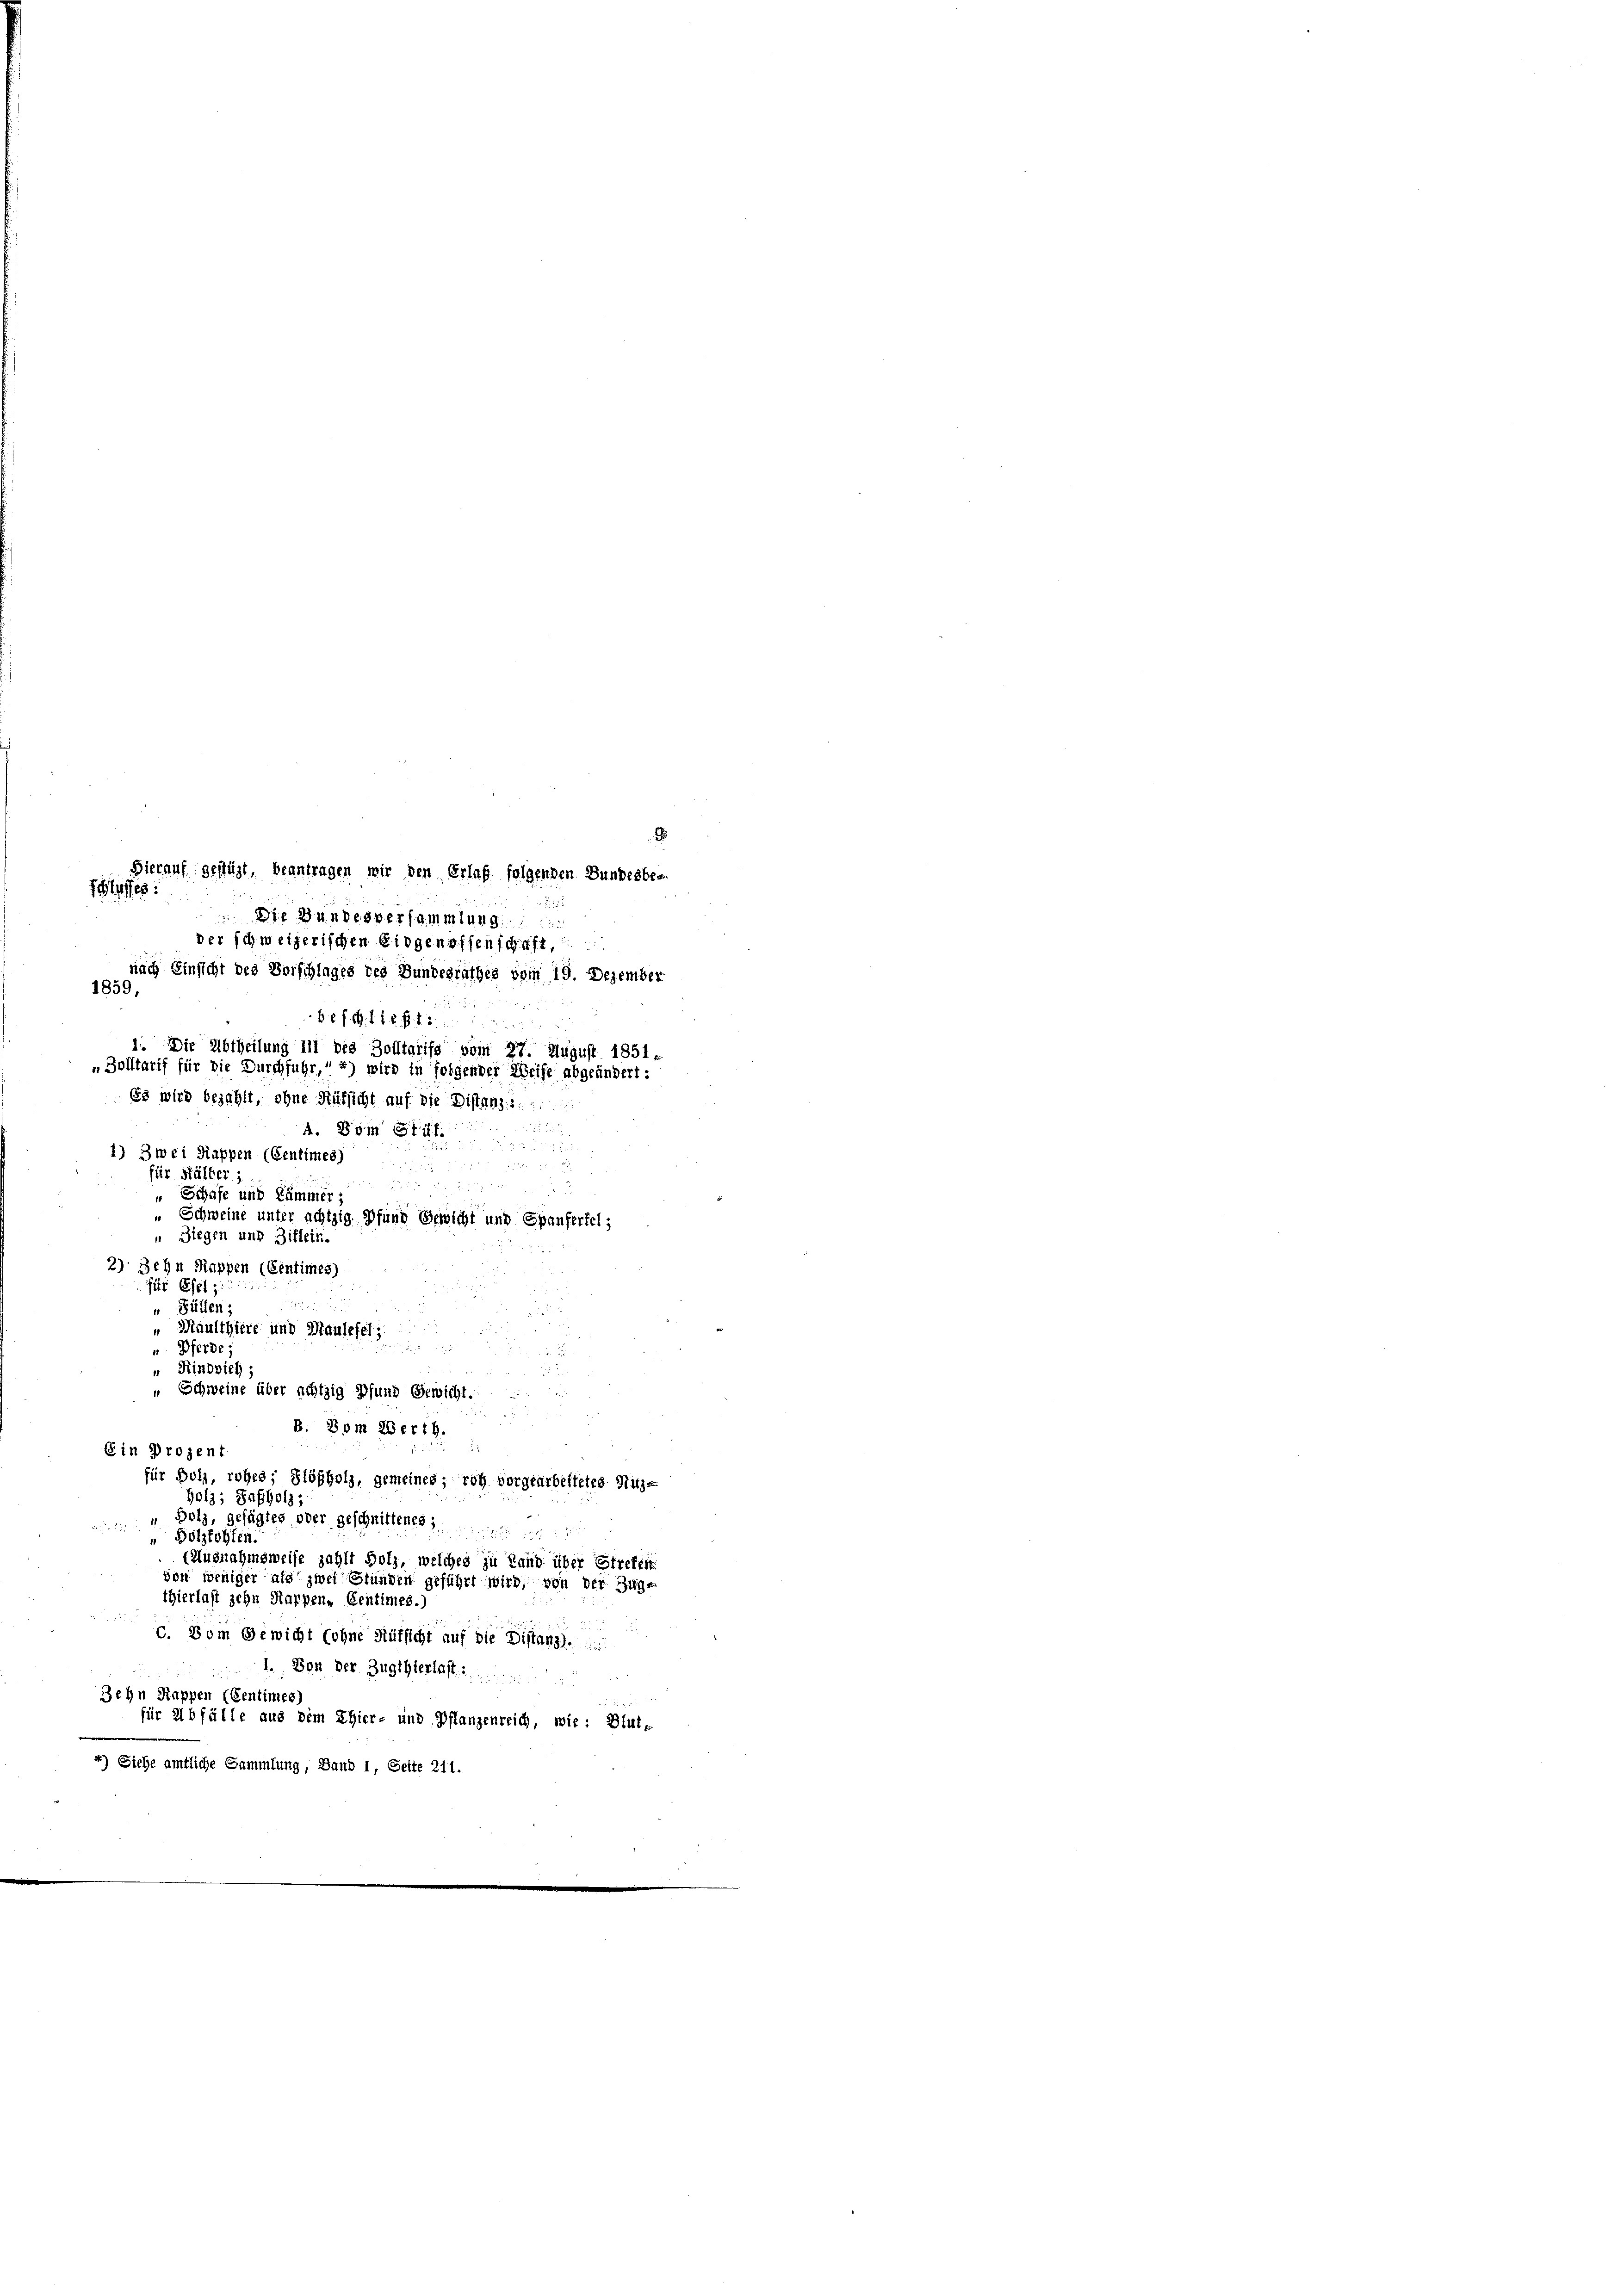
Schlusses:

Hierauf gestüzt, beantragen wir den Erlaß folgenden Bundesbe-
 Die Handesversammlung
der schweizerischen Eidgenossenschaft,
nach Einsicht des Vorschlages des Bundesrathes vom 19. Dezember
1859,
68 f. 1 f 18 f. 13
1. Die Abtheilung in des Zolltarife vom 27. August 1851.
„ Zolltarif für die Durchfuhr, 2) wird in folgender Weise abgeändert:
Es wird bezahlt, ohne Rüksicht auf die Distanz:::
4. Vom Stif.

1) Zwei Rappen (Centimes)

für Kälber 1

 Schaft und Kämmer;
Schweine unter achtzig Pfund Gewicht und Spanfertel,
 Ziegen und Billein.
2) Zehn Kappen (Centimes)
r Ost
 Füllen:
" Maulthiere und Maulefeli
u

u Pferde
" Rindvieh;
22 23
„Schweine über achtzig Pfund Gewicht.
B. Vom 286718.
Ein Prozent
für Bolz, rohes; Flößholz, gemeines ; roh vorgearbeitetes Nutze
Holz; Sapholz,
Bolz, gefügtes oder geschnittenes

„ Bolzfohlen.
(Ausnahmsweise zahlt Holz, welches zu Land über Errefen
von weniger als zwei Stunden geführt wird, von der Juge
thierlast zehn Marpen, Centimes.)
c. Vom Gewicht (ohne Aufsicht auf die Distanz.
 1. Den Der Zugthierlast
Jehn Kappen (Gentimes)
für Abfälle aus dem Ehier- und Pflanzenreich, wie: Blut-
4) Siehe amtliche Sammlung, Band 1, Seite 211.

.